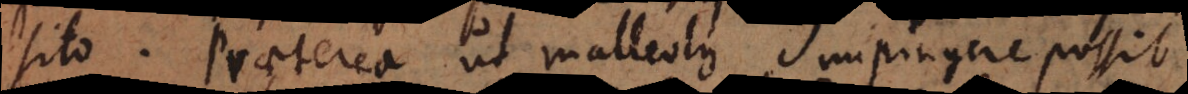
sito. Praeterea ut malleolus impingere possit